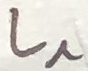
Text: L^